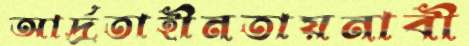
আর্দ্রতাহীনতায়নাবী